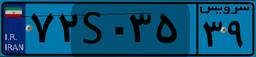
۷۲S۰۳۵۳۹